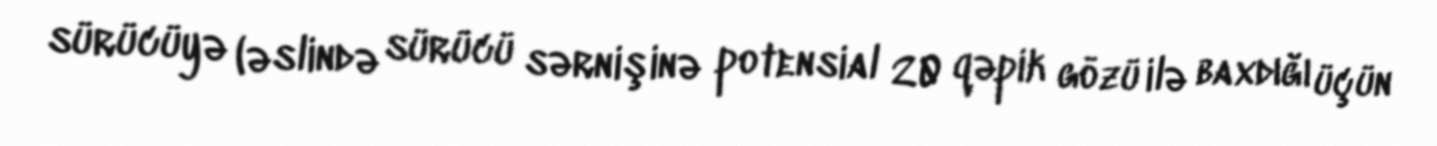
sürücüyə (əslində sürücü sərnişinə potensial 20 qəpik gözü ilə baxdığı üçün